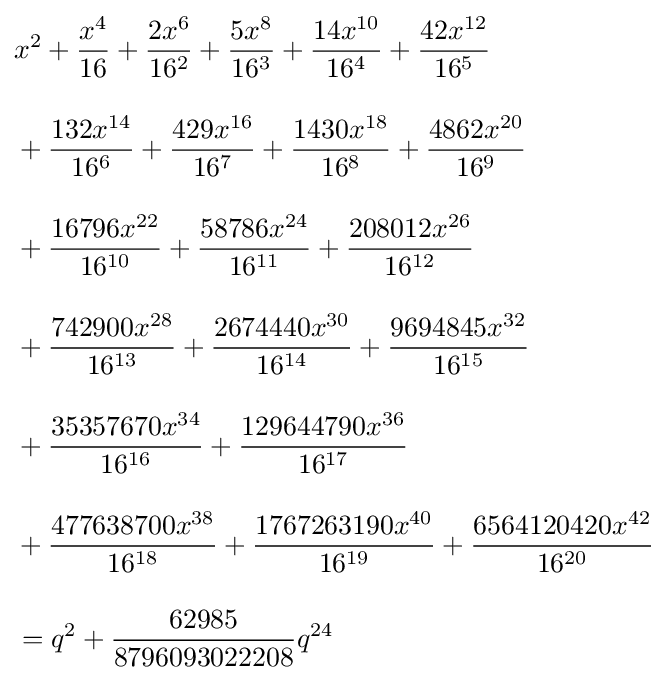
{\begin{aligned}&x^{2}+{\frac {x^{4}}{16}}+{\frac {2x^{6}}{16^{2}}}+{\frac {5x^{8}}{16^{3}}}+{\frac {14x^{10}}{16^{4}}}+{\frac {42x^{12}}{16^{5}}}\\[10pt]{}&+{\frac {132x^{14}}{16^{6}}}+{\frac {429x^{16}}{16^{7}}}+{\frac {1430x^{18}}{16^{8}}}+{\frac {4862x^{20}}{16^{9}}}\\[10pt]&{}+{\frac {16796x^{22}}{16^{10}}}+{\frac {58786x^{24}}{16^{11}}}+{\frac {208012x^{26}}{16^{12}}}\\[10pt]&{}+{\frac {742900x^{28}}{16^{13}}}+{\frac {2674440x^{30}}{16^{14}}}+{\frac {9694845x^{32}}{16^{15}}}\\[10pt]&{}+{\frac {35357670x^{34}}{16^{16}}}+{\frac {129644790x^{36}}{16^{17}}}\\[10pt]&{}+{\frac {477638700x^{38}}{16^{18}}}+{\frac {1767263190x^{40}}{16^{19}}}+{\frac {6564120420x^{42}}{16^{20}}}\\[10pt]&=q^{2}+{\frac {62985}{8796093022208}}q^{24}\end{aligned}}